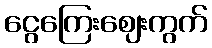
ငွေကြေးဈေးကွက်